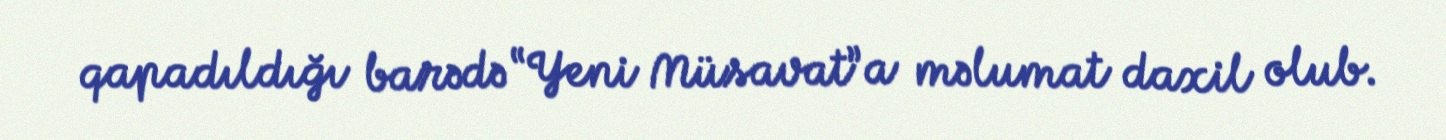
qapadıldığı barədə “Yeni Müsavat”a məlumat daxil olub.